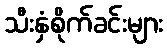
သီးနှံစိုက်ခင်းများ